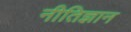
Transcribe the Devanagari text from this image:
नीतिज्ञान